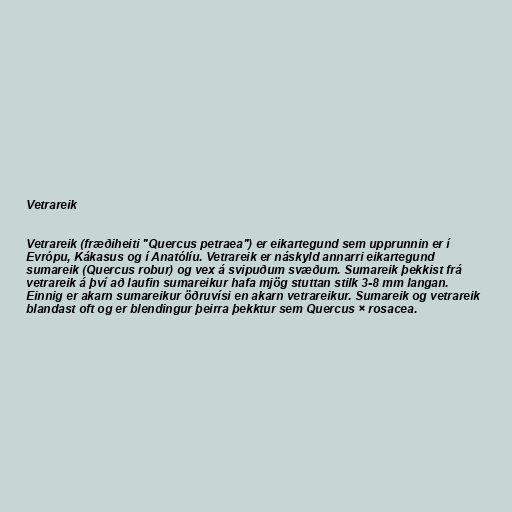
Vetrareik

Vetrareik (fræðiheiti "Quercus petraea") er eikartegund sem upprunnin er í
Evrópu, Kákasus og í Anatólíu. Vetrareik er náskyld annarri eikartegund
sumareik (Quercus robur) og vex á svipuðum svæðum. Sumareik þekkist frá
vetrareik á því að laufin sumareikur hafa mjög stuttan stilk 3-8 mm langan.
Einnig er akarn sumareikur öðruvísi en akarn vetrareikur. Sumareik og vetrareik
blandast oft og er blendingur þeirra þekktur sem Quercus × rosacea.